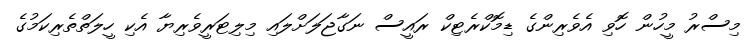
މިސްރު މީހުން ހޮވި އެވެރިންގެ ޑިމޮކްރެޓިކް ރައީސް ނަގާޖަލަށްލައި މިލިޓަރީވެރިޔާ އެކި ހީލަތްތެރިކަމުގެ